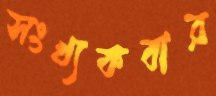
সংখ্যকবার